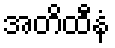
အတိထီနံ